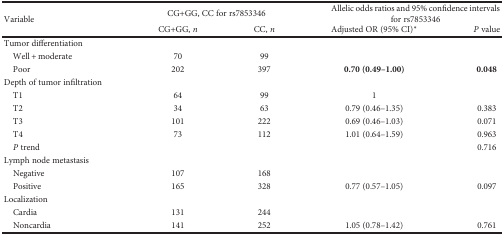
<table><thead><tr><td rowspan="2"><b>Variable</b></td><td colspan="2"><b>CG+GG, CC for rs7853346</b></td><td colspan="2"><b>Allelic odds ratios and 95% confidence intervals for rs7853346</b></td></tr><tr><td><b>CG+GG, <i>n</i></b></td><td><b>CC, <i>n</i></b></td><td><b>Adjusted OR (95% CI)<sup>∗</sup></b></td><td><b><i>P</i> value</b></td></tr></thead><tbody><tr><td>Tumor differentiation</td><td></td><td></td><td></td><td></td></tr><tr><td> Well + moderate</td><td>70</td><td>99</td><td></td><td></td></tr><tr><td> Poor</td><td>202</td><td>397</td><td><b>0.70 (0.49–1.00)</b></td><td><b>0.048</b></td></tr><tr><td>Depth of tumor infiltration</td><td></td><td></td><td></td><td></td></tr><tr><td> T1</td><td>64</td><td>99</td><td>1</td><td></td></tr><tr><td> T2</td><td>34</td><td>63</td><td>0.79 (0.46–1.35)</td><td>0.383</td></tr><tr><td> T3</td><td>101</td><td>222</td><td>0.69 (0.46–1.03)</td><td>0.071</td></tr><tr><td> T4</td><td>73</td><td>112</td><td>1.01 (0.64–1.59)</td><td>0.963</td></tr><tr><td> <i>P</i> trend</td><td></td><td></td><td></td><td>0.716</td></tr><tr><td>Lymph node metastasis</td><td></td><td></td><td></td><td></td></tr><tr><td> Negative</td><td>107</td><td>168</td><td></td><td></td></tr><tr><td> Positive</td><td>165</td><td>328</td><td>0.77 (0.57–1.05)</td><td>0.097</td></tr><tr><td>Localization</td><td></td><td></td><td></td><td></td></tr><tr><td> Cardia</td><td>131</td><td>244</td><td></td><td></td></tr><tr><td> Noncardia</td><td>141</td><td>252</td><td>1.05 (0.78–1.42)</td><td>0.761</td></tr></tbody></table>